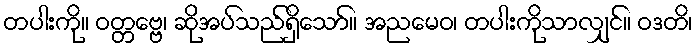
တပါးကို။ ဝတ္တဗ္ဗေ၊ ဆိုအပ်သည်ရှိသော်။ အညမေဝ၊ တပါးကိုသာလျှင်။ ဝဒတိ၊